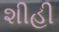
શીહી